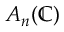
A _ { n } ( \mathbb { C } )